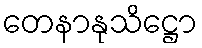
တေနာနုသိဋ္ဌော